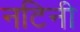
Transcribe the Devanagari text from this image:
नटिनी